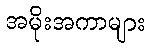
အမိုးအကာများ